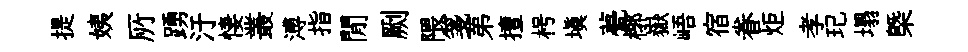
提姨𠩄踴汙悽叢溥指閒劂隈箋苐擅枵填甍槨嶽峿宿眷炬孝玘塌㮣